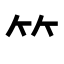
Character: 𥫗